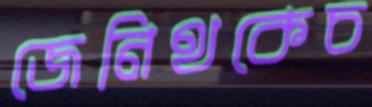
জেনিথকেচ